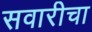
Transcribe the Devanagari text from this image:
सवारीचा